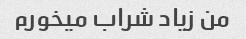
من زیاد شراب میخورم